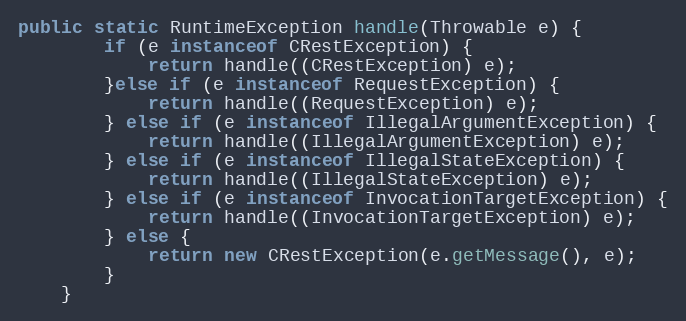
Language: Java
public static RuntimeException handle(Throwable e) {
        if (e instanceof CRestException) {
            return handle((CRestException) e);
        }else if (e instanceof RequestException) {
            return handle((RequestException) e);
        } else if (e instanceof IllegalArgumentException) {
            return handle((IllegalArgumentException) e);
        } else if (e instanceof IllegalStateException) {
            return handle((IllegalStateException) e);
        } else if (e instanceof InvocationTargetException) {
            return handle((InvocationTargetException) e);
        } else {
            return new CRestException(e.getMessage(), e);
        }
    }